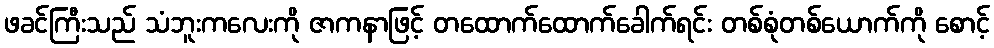
ဖခင်ကြီးသည် သံဘူးကလေးကို ဇာကနာဖြင့် တထောက်ထောက်ခေါက်ရင်း တစ်စုံတစ်ယောက်ကို စောင့်